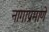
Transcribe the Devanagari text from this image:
नागाप्रमाणे